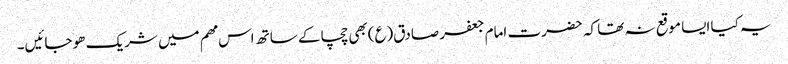
یہ کیا ایسا موقع نہ تھا کہ حضرت امام جعفر صادق(ع)بھی چچا کے ساتھ اس مھم میں شریک ھو جائیں۔